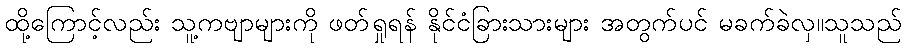
ထို့ကြောင့်လည်း သူ့ကဗျာများကို ဖတ်ရှုရန် နိုင်ငံခြားသားများ အတွက်ပင် မခက်ခဲလှ။သူသည်